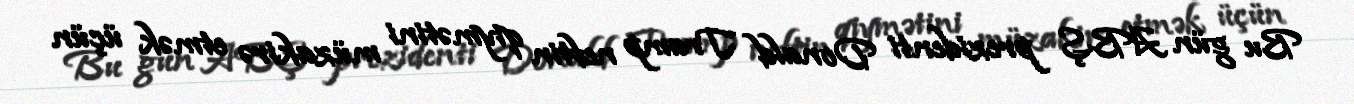
Bu gün ABŞ prezidenti Donald Tramp neftin qiymətini müzakirə etmək üçün